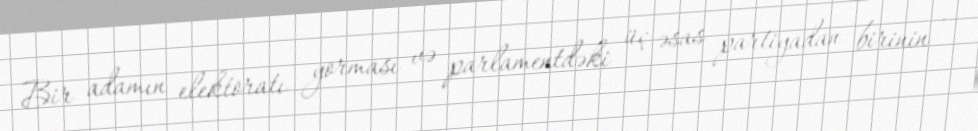
Bir adamın elektoratı yorması və parlamentdəki üç əsas partiyadan birinin -